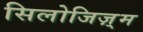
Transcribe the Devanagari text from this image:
सिलोजिज़्म